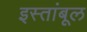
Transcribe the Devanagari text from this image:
इस्तांबूल